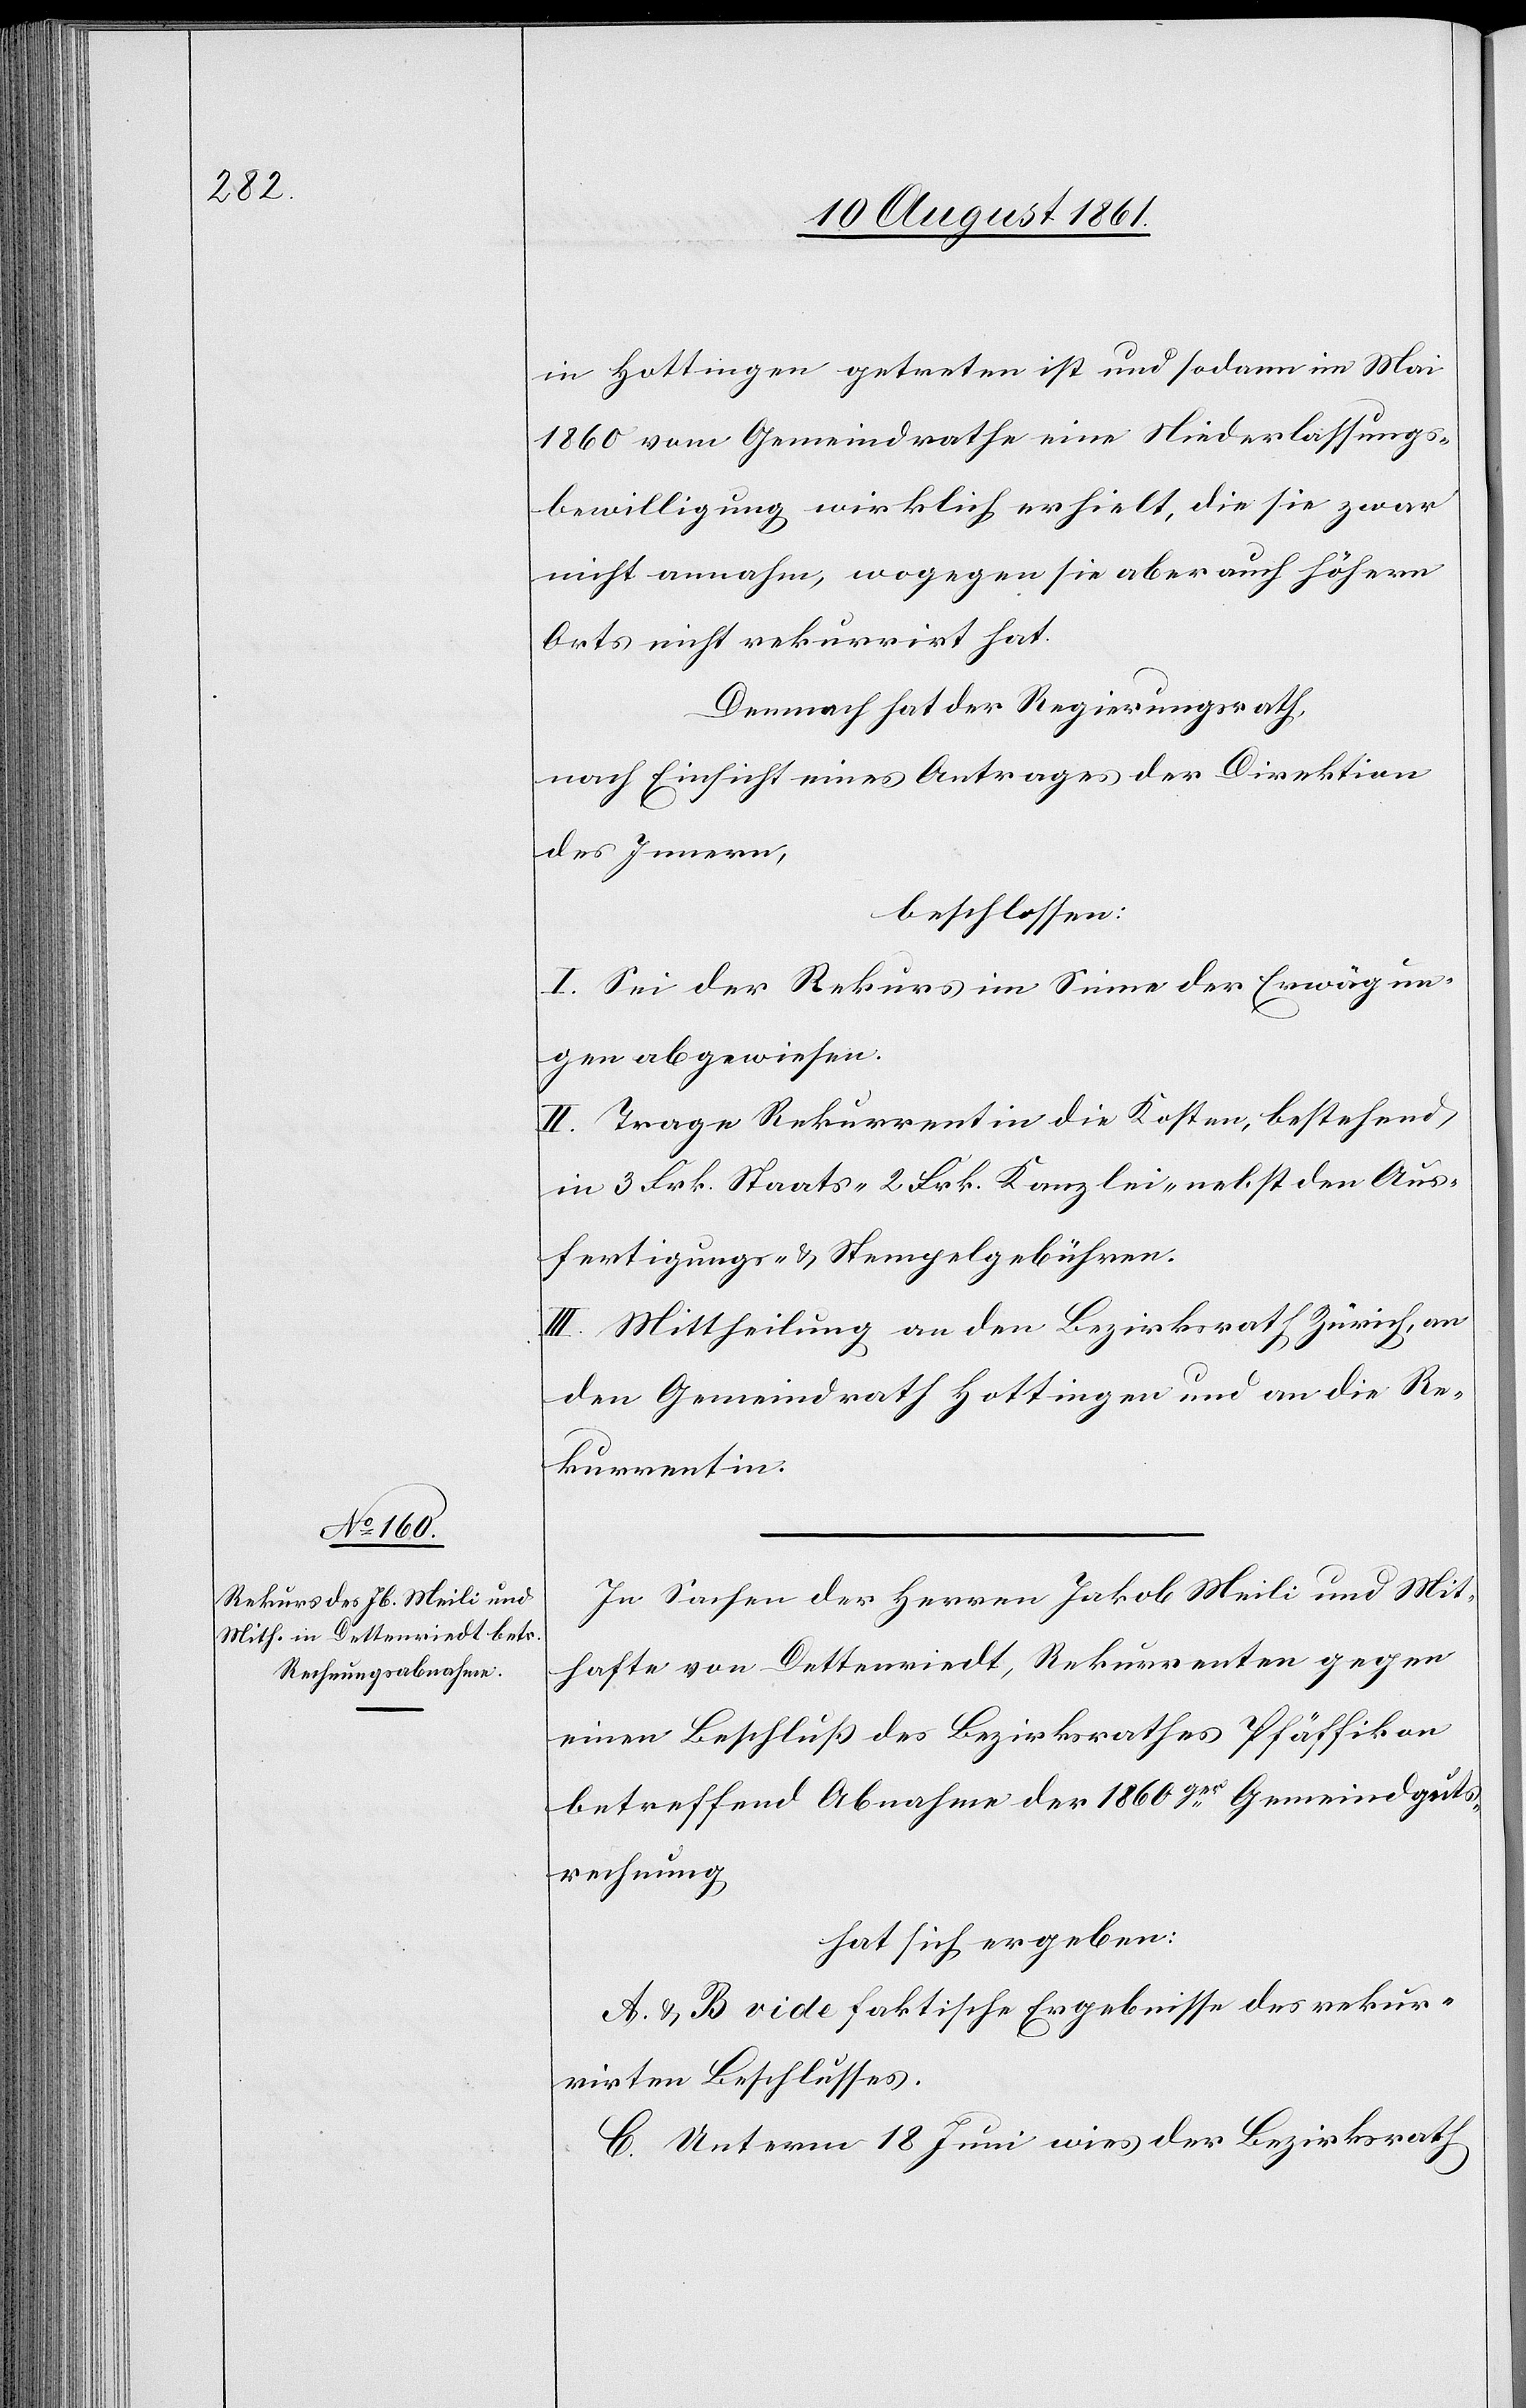
in Hottingen getreten ist und sodann im Mai
1860 vom Gemeindrathe eine Niederlaßungs¬
bewilligung wirklich erhielt, die sie zwar
nicht annahm, wogegen sie aber auch höhern
Orts nicht rekurrirt hat.
Demnach hat der Regierungsrath,
nach Einsicht eines Antrages der Direktion
des Innern,
beschlossen:
I. Sei der Rekurs im Sinne der Erwägun¬
gen abgewiesen.
II. Trage Rekurrentin die Kosten, bestehend
in 3 Frk. Staats- 2 Frk. Kanzlei- nebst den Aus¬
fertigungs- u. Stempelgebühren.
III. Mittheilung an den Bezirksrath Zürich, an
den Gemeindrath Hottingen und an die Re¬
kurrentin.
In Sachen der Herren Jakob Meili und Mit¬
hafte von Dettenriedt, Rekurrenten gegen
einen Beschluß des Bezirksrathes Pfäffikon
betreffend Abnahme der 1860ger Gemeindguts¬
rechnung
hat sich ergeben:
A. u. B vide faktische Ergebnisse des rekur¬
rirten Beschlusses.
C. Unterm 18 Juni wies der Bezirksrath